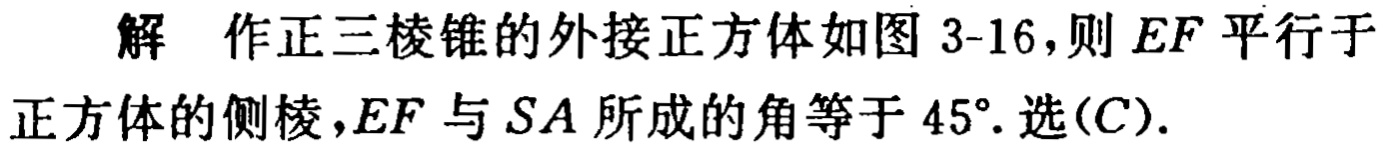
解 作正三棱锥的外接正方体如图 3-16,则 \(EF\) 平行于正方体的侧棱,\(EF\) 与 \(SA\) 所成的角等于 \(45^{\circ}\). 选\((C)\).